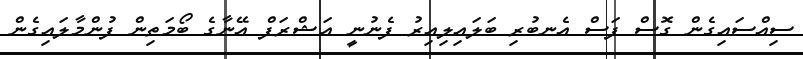
ސިއްސައިގެން ގޮސް ފަސް އެނބުރި ބަލައިލިއިރު ފެނުނީ އަޝްރަފް އޭނާގެ ބޯމަތިން ފުންމާލައިގެން